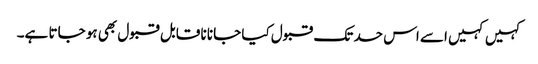
کہیں کہیں اسے اس حد تک قبول کیا جانا نا قابل قبول بھی ہو جاتا ہے۔